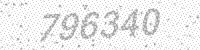
Solution: 796340